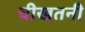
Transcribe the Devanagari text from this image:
चीखतनी